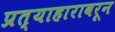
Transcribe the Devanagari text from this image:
प्रत्याहारावरून